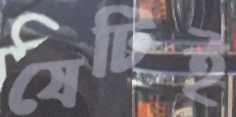
যেটিই